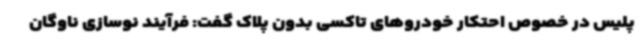
پلیس در خصوص احتکار خودروهای تاکسی بدون پلاک گفت: فرآیند نوسازی ناوگان